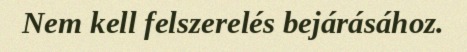
Nem kell felszerelés bejárásához.